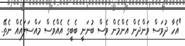
"އެހާ ދުވަސް ވަންދެން އެންމެން ވެސް ބުނަނީ ބެބީގެ އެއްވެސް މައްސަލައެއް ނެތޭ.